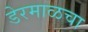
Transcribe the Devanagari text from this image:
डेरमाळचा